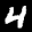
Label: 4